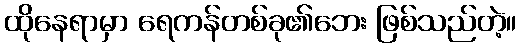
ထိုနေရာမှာ ရေကန်တစ်ခု၏ဘေး ဖြစ်သည်တဲ့။